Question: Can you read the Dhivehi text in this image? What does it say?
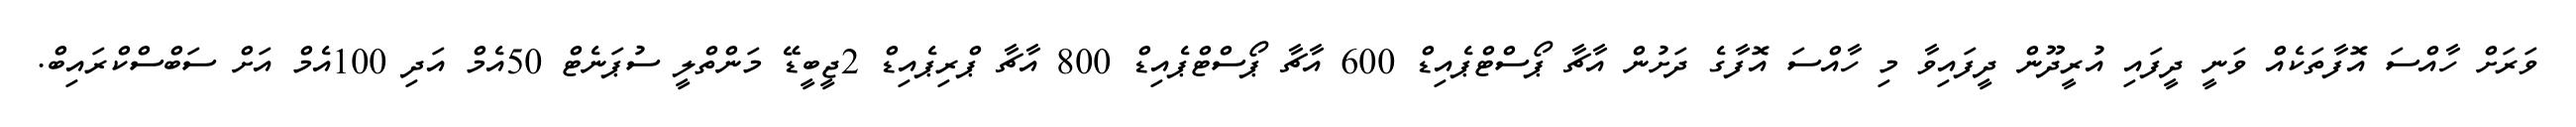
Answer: ވަރަށް ހާއްސަ އޮފާތަކެއް ވަނީ ދީފައި އުރީދޫން ދީފައިވާ މި ހާއްސަ އޮފާގެ ދަށުން އާޗާ ޕޯސްޓްޕެއިޑް 600 އާޗާ ޕޯސްޓްޕެއިޑް 800 އާޗާ ޕްރިޕެއިޑް 2ޖީބީޑޭ މަންތްލީ ސުޕަނެޓް 50އެމް އަދި 100އެމް އަށް ސަބްސްކްރައިބް.